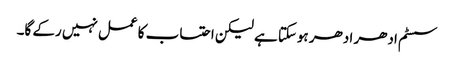
سسٹم ادھر ادھر ہوسکتا ہے لیکن احتساب کا عمل نہیں رکے گا۔